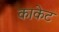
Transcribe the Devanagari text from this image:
काकेट